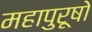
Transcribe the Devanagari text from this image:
महापुरूषो